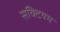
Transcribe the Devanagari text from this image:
सक्टियम